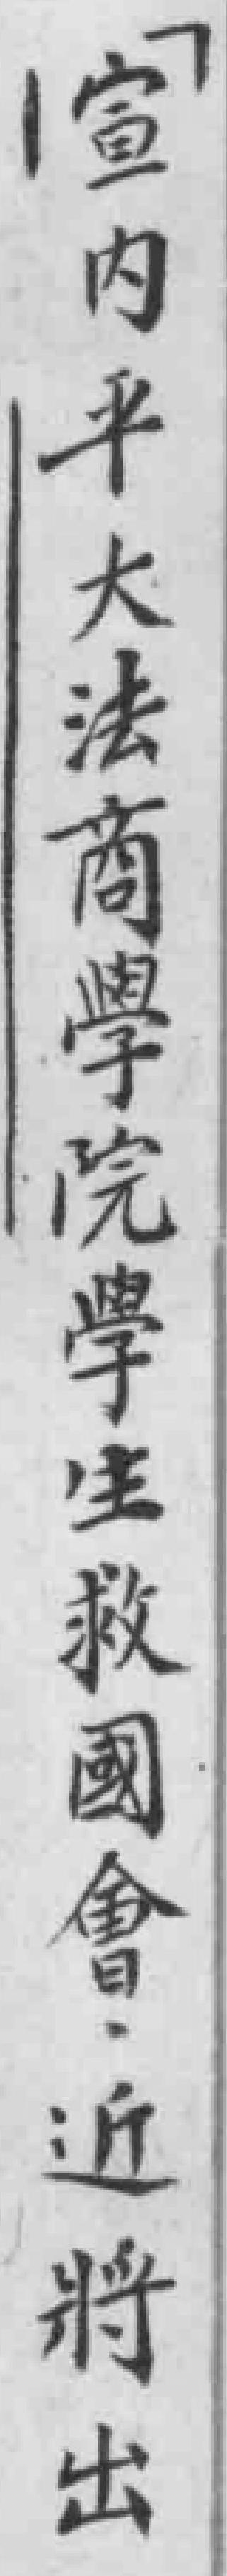
宣内平大法商學院學生救國會，近將出